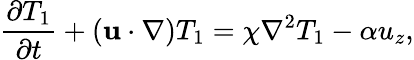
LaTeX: \frac{\partial T_{1}}{\partial t}+\left({\mathbf u}\cdot\nabla\right)T_{1}=\chi\nabla^{2}T_{1}-\alpha u_{z},